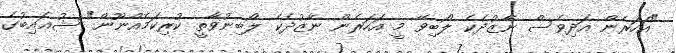
"އަހަރެން އަދިވެސް ނާޒުދެކެ ލޯބިވޭ މީ އަހަރެން ނާޒުދެކެ ލޯބިނުވާތީ ކުރިކަމެއްނޫން" ޝުޢައިބުގެ